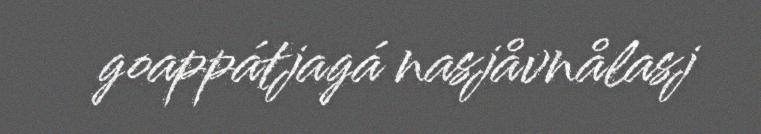
goappátjagá nasjåvnålasj